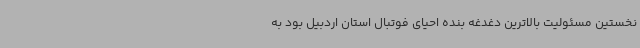
نخستین مسئولیت بالاترین دغدغه بنده احیای فوتبال استان اردبیل بود به